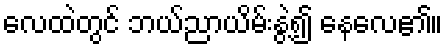
လေထဲတွင် ဘယ်ညာယိမ်းနွဲ့၍ နေလေ၏။